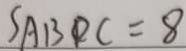
S _ { A B D C } = 8